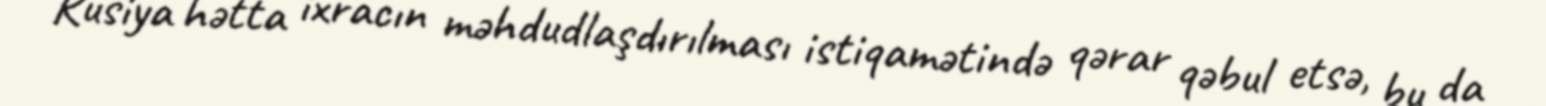
Rusiya hətta ixracın məhdudlaşdırılması istiqamətində qərar qəbul etsə, bu da